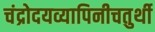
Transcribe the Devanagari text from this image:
चंद्रोदयव्यापिनीचतुर्थी